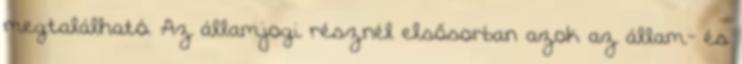
megtalálható. Az államjogi résznél elsősorban azok az állam- és